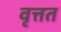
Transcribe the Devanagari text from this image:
वृत्तत